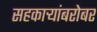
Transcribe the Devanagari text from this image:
सहकाऱ्यांबरोबर